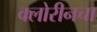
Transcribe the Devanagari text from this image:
क्लोरीनचा